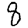
Digit: 8